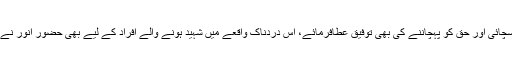
اللہ تعالیٰ ان کی نیکیوں کو قبول کرتے ہوئے ان کو سچائی اور حق کو پہچاننے کی بھی توفیق عطافرمائے، اس دردناک واقعے میں شہید ہونے والے افراد کے لیے بھی حضور انور نے دعا کی کہ اللہ تعالیٰ ان سے رحم کا سلوک فرمائے۔